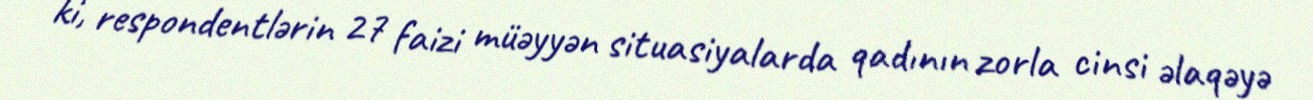
ki, respondentlərin 27 faizi müəyyən situasiyalarda qadının zorla cinsi əlaqəyə